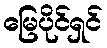
မြေပိုင်ရှင်